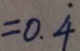
= 0 . \dot { 4 }